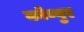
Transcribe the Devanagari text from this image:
कोव्वुर